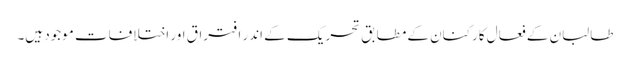
طالبان کے فعال کارکنان کے مطابق تحریک کے اندر افتراق اور اختلافات موجود ہیں۔